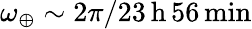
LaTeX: \omega_{\oplus}\sim 2\pi/23\, {\mathrm{h}}\, 56\, {\mathrm{min}}